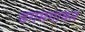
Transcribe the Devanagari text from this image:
डगमगाकर